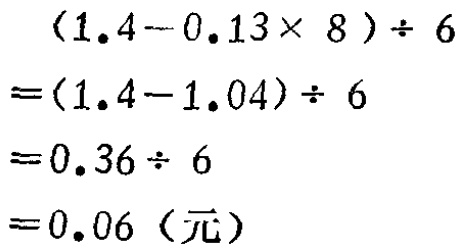
\((1.4 - 0.13\times 8)\div 6\)
\(=(1.4 - 1.04)\div 6\)
\(=0.36\div 6\)
\(=0.06\)（元）